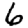
Digit: 6